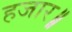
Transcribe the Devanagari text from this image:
हजार॥